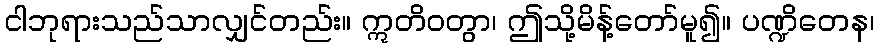
ငါဘုရားသည်သာလျှင်တည်း။ ဣတိဝတွာ၊ ဤသို့မိန့်တော်မူ၍။ ပဏ္ဍိတေန၊